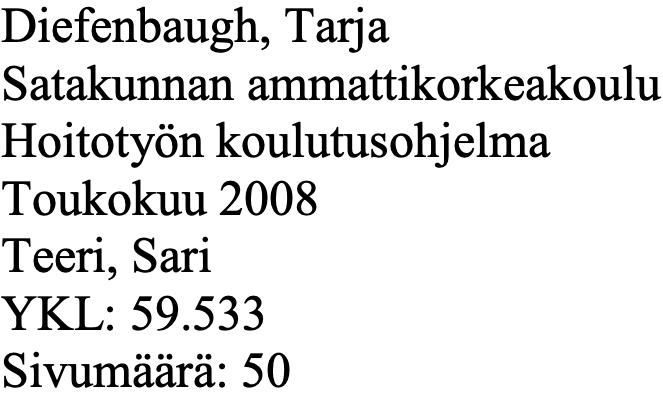
Diefenbaugh, Tarja Satakunnan ammattikorkeakoulu Hoitotyön koulutusohjelma Toukokuu 2008 Teeri, Sari YKL: 59.533 Sivumäärä: 50